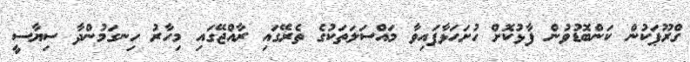
ގްރޫޕަކުން ކަންބޮޑުވުން ފާޅުކޮށް ހުށަހަޅާފައިވާ މައްސަލަތަކުގެ ތެރޭގައި ރާއްޖޭގައި މިހާރު ހިނގަމުންދާ ސިޔާސީ